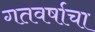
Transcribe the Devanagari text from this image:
गतवर्षाचा